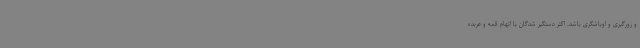
و زورگیری و اوباشگری باشد. اکثر دستگیر شدگان با اتهام قمه و عربده